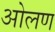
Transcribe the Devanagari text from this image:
ओलण